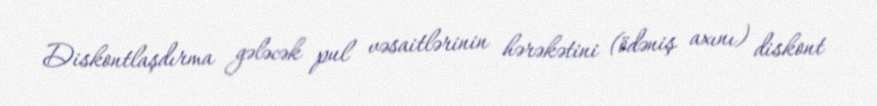
Diskontlaşdırma gələcək pul vəsaitlərinin hərəkətini (ödəniş axını) diskont